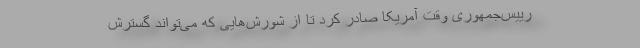
رییس‌جمهوری وقت آمریکا صادر کرد تا از شورش‌هایی که می‌تواند گسترش